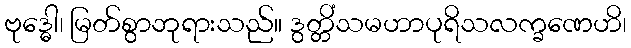
ဗုဒ္ဓေါ၊ မြတ်စွာဘုရားသည်။ ဒွတ္တိံသမဟာပုရိသလက္ခဏေဟိ၊